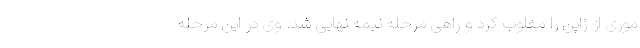
موری از ژاپن را مغلوب کرد و راهی مرحله نیمه نهایی شد. وی در این مرحله